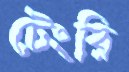
টেংরি